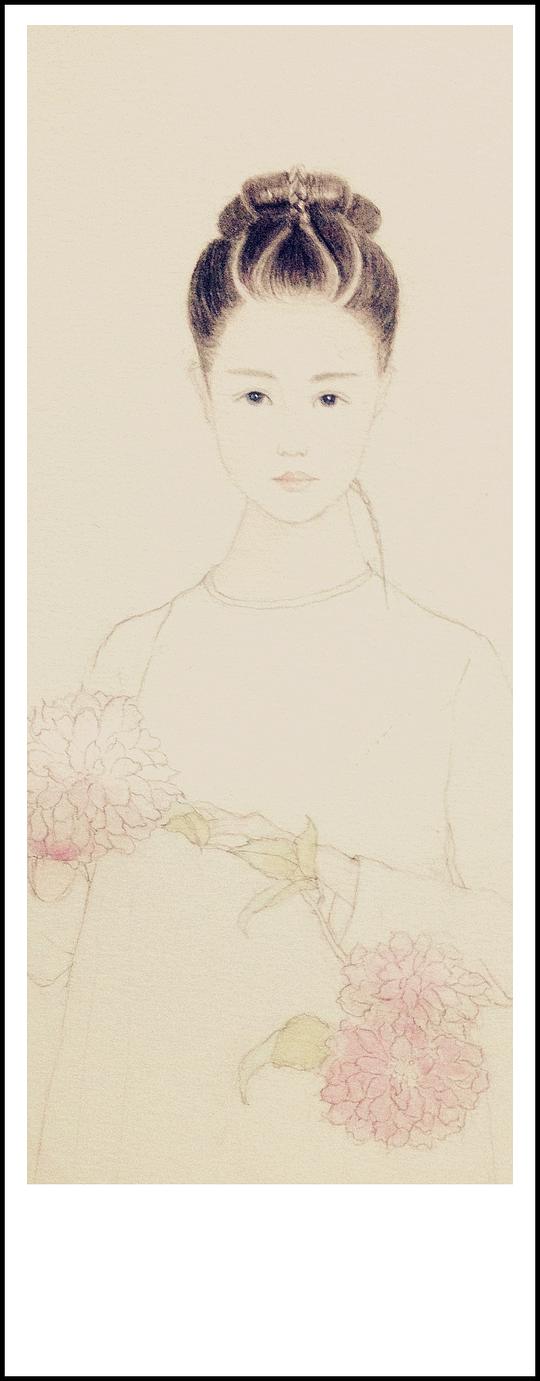
欢笑情如旧，萧疏鬓已斑。